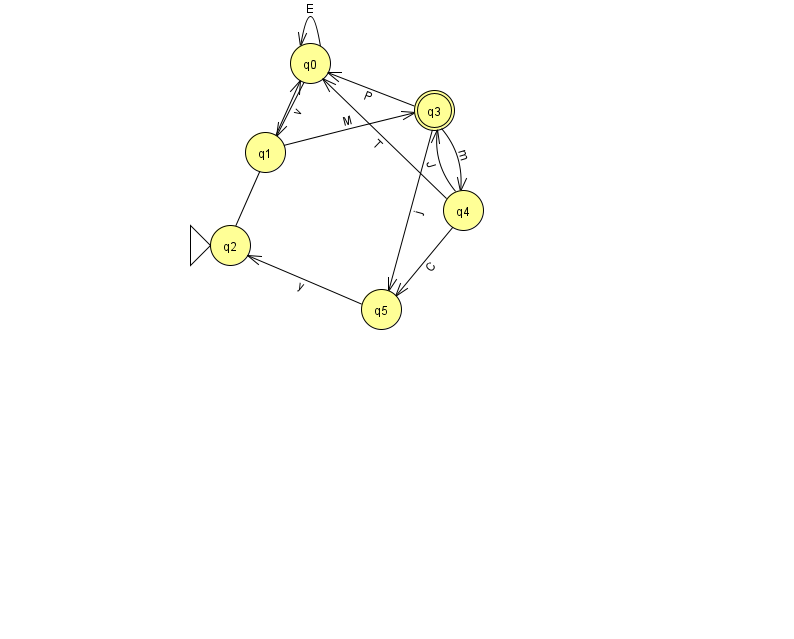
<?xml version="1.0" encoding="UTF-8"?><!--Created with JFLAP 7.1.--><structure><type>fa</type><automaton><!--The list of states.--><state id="0" name="q0"><x>310.0</x><y>50.0</y></state><state id="1" name="q1"><x>265.0</x><y>139.0</y></state><state id="2" name="q2"><x>230.0</x><y>232.0</y><initial/></state><state id="3" name="q3"><x>434.0</x><y>97.0</y><final/></state><state id="4" name="q4"><x>463.0</x><y>197.0</y></state><state id="5" name="q5"><x>381.0</x><y>296.0</y></state><!--The list of transitions.--><transition><from>3</from><to>0</to><read>P</read></transition><transition><from>0</from><to>1</to><read>v</read></transition><transition><from>3</from><to>5</to><read>j</read></transition><transition><from>4</from><to>0</to><read>T</read></transition><transition><from>0</from><to>0</to><read>E</read></transition><transition><from>1</from><to>3</to><read>M</read></transition><transition><from>5</from><to>2</to><read>y</read></transition><transition><from>4</from><to>3</to><read>J</read></transition><transition><from>3</from><to>4</to><read>m</read></transition><transition><from>4</from><to>5</to><read>C</read></transition><transition><from>2</from><to>0</to><read>B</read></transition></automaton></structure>